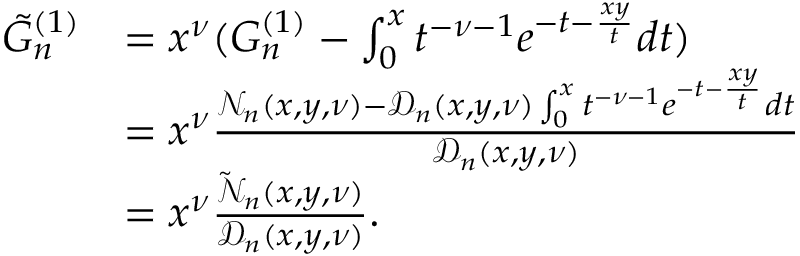
\begin{array} { r l } { \tilde { G } _ { n } ^ { ( 1 ) } } & { = x ^ { \nu } ( G _ { n } ^ { ( 1 ) } - \int _ { 0 } ^ { x } t ^ { - \nu - 1 } e ^ { - t - \frac { x y } { t } } d t ) } \\ & { = x ^ { \nu } \frac { \mathcal { N } _ { n } ( x , y , \nu ) - \mathcal { D } _ { n } ( x , y , \nu ) \int _ { 0 } ^ { x } t ^ { - \nu - 1 } e ^ { - t - \frac { x y } { t } } d t } { \mathcal { D } _ { n } ( x , y , \nu ) } } \\ & { = x ^ { \nu } \frac { \tilde { \mathcal { N } } _ { n } ( x , y , \nu ) } { \mathcal { D } _ { n } ( x , y , \nu ) } . } \end{array}